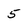
Character: 5